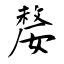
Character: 嫠